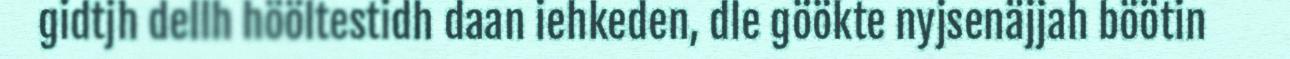
gidtjh dellh hööltestidh daan iehkeden, dle göökte nyjsenäjjah böötin